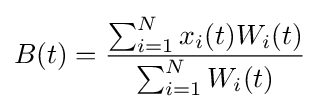
B(t)={\frac {\sum _{i=1}^{N}x_{i}(t)W_{i}(t)}{\sum _{i=1}^{N}W_{i}(t)}}